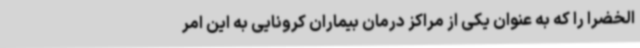
الخضرا را که به عنوان یکی از مراکز درمان بیماران کرونایی به این امر